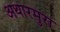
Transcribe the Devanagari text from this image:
अथारमुरा